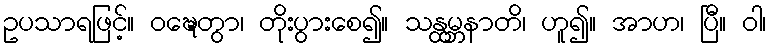
ဥပသာရဖြင့်။ ဝဍ္ဎေတွာ၊ တိုးပွားစေ၍။ သန္ထမ္ဘနာတိ၊ ဟူ၍။ အာဟ၊ ပြီ။ ဝါ၊